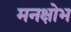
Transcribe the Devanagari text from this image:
मनक्षोभ